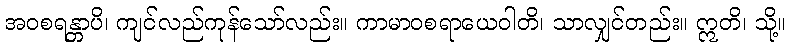
အဝစရန္တာပိ၊ ကျင်လည်ကုန်သော်လည်း။ ကာမာဝစရာယေဝါတိ၊ သာလျှင်တည်း။ ဣတိ၊ သို့။